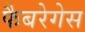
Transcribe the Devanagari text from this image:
फैबरेगेस